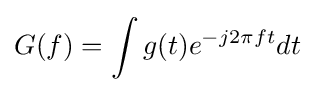
G(f)=\int g(t)e^{-j2\pi ft}dt